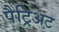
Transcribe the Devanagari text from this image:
पैट्रिअट